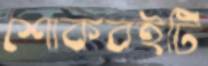
শোকবইটি